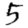
Digit: 5